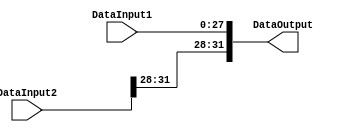
module Concatenation
(   
	input [27:0]  DataInput1,
	input [31:0]  DataInput2,
   output[31:0] DataOutput

);
     assign DataOutput = {DataInput2[31:28], DataInput1[27:0]};

endmodule